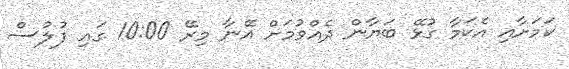
ކަމަށާއި އެކަމާ ގުޅޭ ބަޔާން ދެއްވުމަށް އޭނާ މިރޭ 10:00 ގައި ފުލުސް